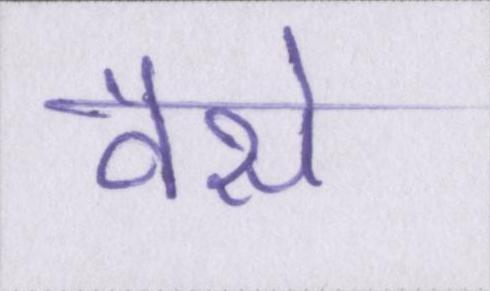
वैसे